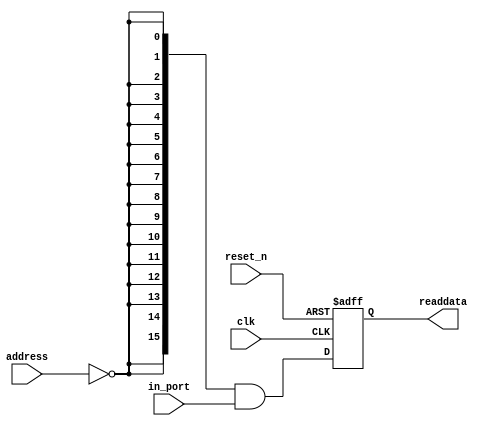
module pio_latency (
                     // inputs:
                      address,
                      clk,
                      in_port,
                      reset_n,

                     // outputs:
                      readdata
                   )
;

  output  [ 15: 0] readdata;
  input   [  1: 0] address;
  input            clk;
  input   [ 15: 0] in_port;
  input            reset_n;

  wire             clk_en;
  wire    [ 15: 0] data_in;
  wire    [ 15: 0] read_mux_out;
  reg     [ 15: 0] readdata;
  assign clk_en = 1;
  //s1, which is an e_avalon_slave
  assign read_mux_out = {16 {(address == 0)}} & data_in;
  always @(posedge clk or negedge reset_n)
    begin
      if (reset_n == 0)
          readdata <= 0;
      else if (clk_en)
          readdata <= read_mux_out;
    end


  assign data_in = in_port;

endmodule